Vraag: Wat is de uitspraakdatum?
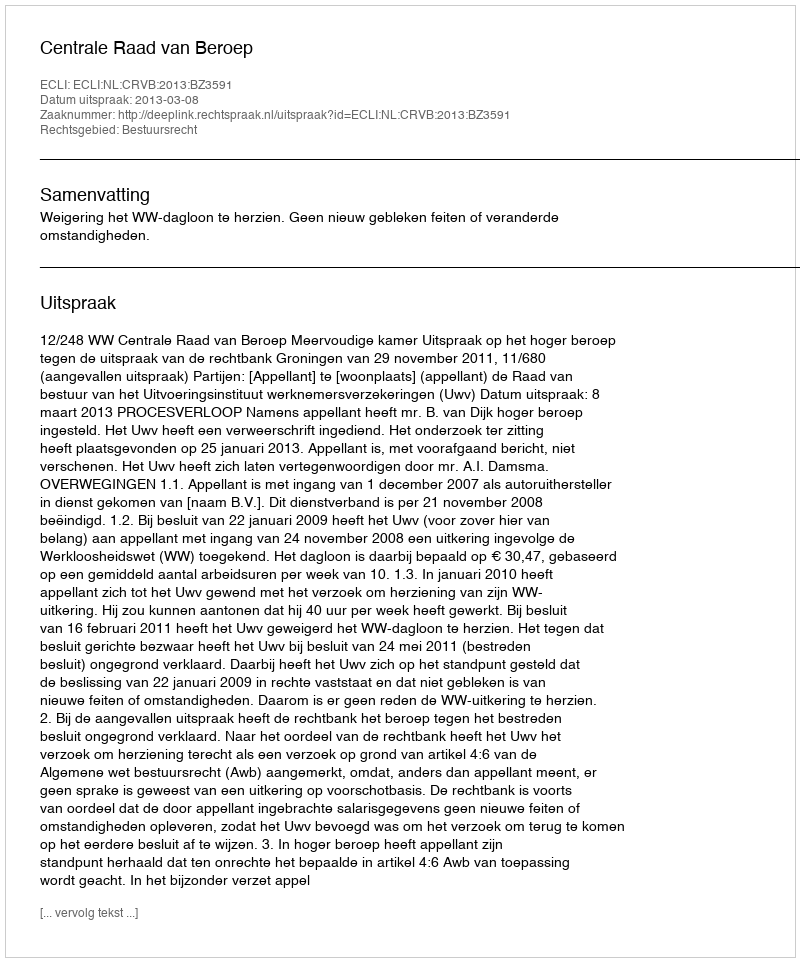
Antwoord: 2013-03-08